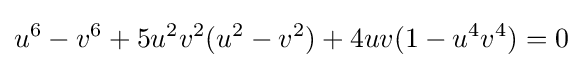
u^{6}-v^{6}+5u^{2}v^{2}(u^{2}-v^{2})+4uv(1-u^{4}v^{4})=0